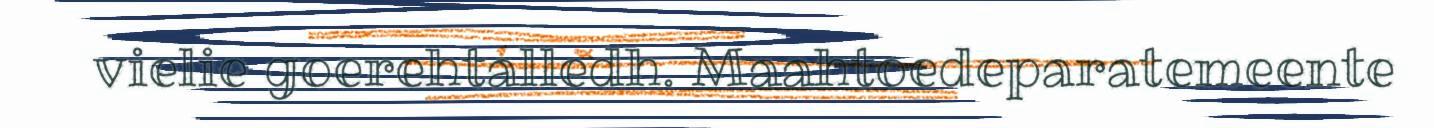
vielie goerehtalledh. Maahtoedeparatemeente